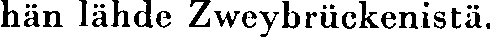
hän lähde Zweybrückenistä.